Leaving Certificate Examination, 1919
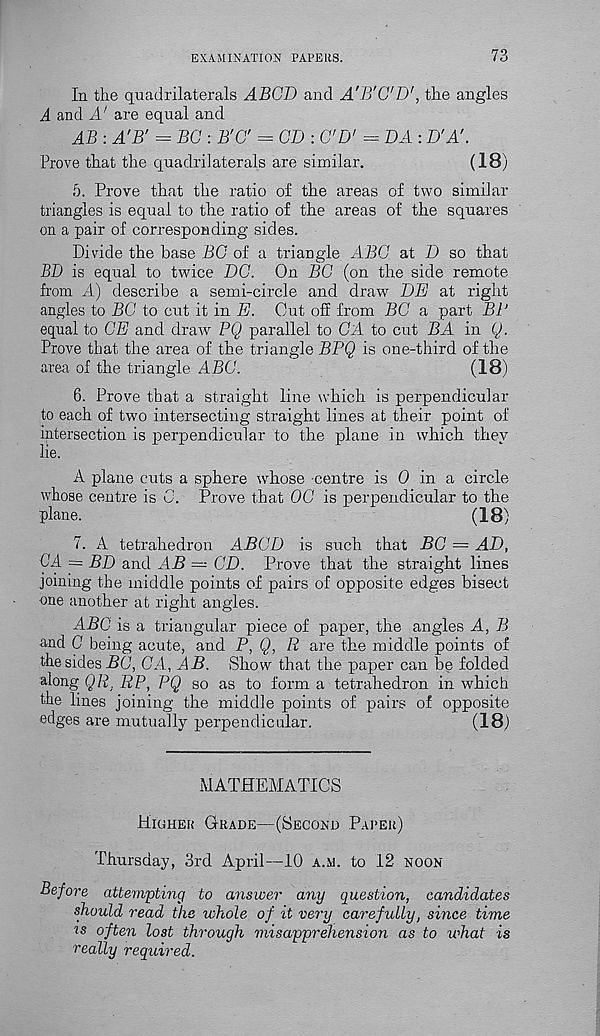
EXAMINATION PAPERS.
73
In the quadrilaterals ABGD and A'B'G'D', the angles
A and A' are equal and
AB : A'B' = BG : B'C = CD : CD' - DA : D'A'.
Prove that the quadrilaterals are similar.
(18)
5. Prove that the ratio of the areas of two similar
triangles is equal to the ratio of the areas of the squares
on a pair of corresponding sides.
Divide the base BC of a triangle ABO at D so that
BD is equal to twice DG. On BG (on the side remote
from A) describe a semi-circle and draw DE at right
angles to BG to cut it in E. Cut off from BG a part BP
equal to GE and draw PQ parallel to GA to cut BA in Q.
Prove that the area of the triangle BPQ is one-third of the
area of the triangle ABC.
(18)
6. Prove that a straight line which is perpendicular
to each of two intersecting straight lines at their point of
intersection is perpendicular to the plane in which they
lie.
A plane cuts a sphere whose centre is 0 in a circle
whose centre is G. Prove that OG is perpendicular to the
plane.
(18)
7. A tetrahedron ABGD is such that BG = AD,
CA = BD and AB — CD. Prove that the straight lines
joining the middle points of pairs of opposite edges bisect
one another at right angles.
ABC is a triangular piece of paper, the angles A, B
and 0 being acute, and P, Q, R are the middle points of
the sides BC, GA, AB. Show that the paper can be folded
along QR 1 PP, PQ so as to form a tetrahedron in which
the lines joining the middle points of pairs of opposite
edges are mutually perpendicular.
(18)
MATHEMATICS
Higher Grade—(Second Paper)
Thursday, 3rd April—10 a.m. to 12 noon
Before attempting to answer any question, candidates
should read the whole of it very carefully, since time
is often lost through misapprehension as to what is
really required.